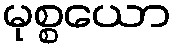
မုစ္စယော